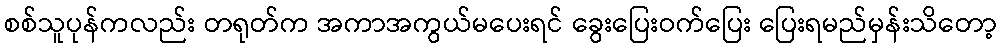
စစ်သူပုန်ကလည်း တရုတ်က အကာအကွယ်မပေးရင် ခွေးပြေးဝက်ပြေး ပြေးရမည်မှန်းသိတော့